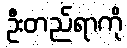
ဦးတည်ရာကို